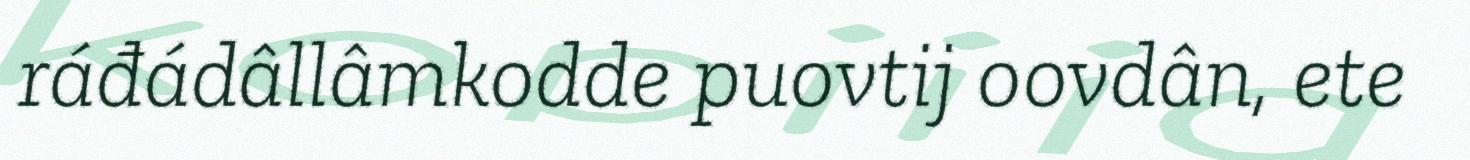
ráđádâllâmkodde puovtij oovdân, ete